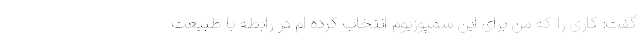
گفت: کاری را که من برای این سمپوزیوم انتخاب کرده ام در رابطه با طبیعت